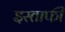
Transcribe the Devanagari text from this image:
इस्ताफी